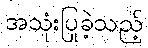
အသုံးပြုခဲ့သည့်